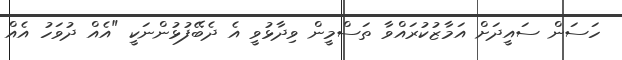
ހަސަން ސައީދަށް އަމާޒުކުރައްވާ ތަސްމީން ވިދާޅުވީ އެ ދެބޭފުޅުންނަކީ "އެއް ދުވަހު އެއް